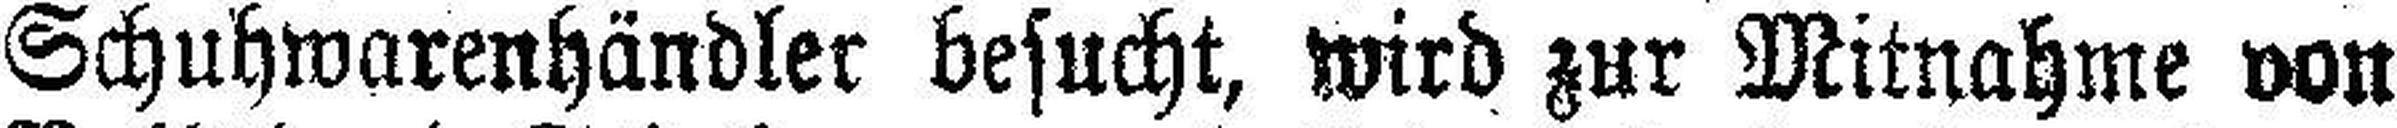
Schuhwarenhändler besucht, wird zur Mitnahme von